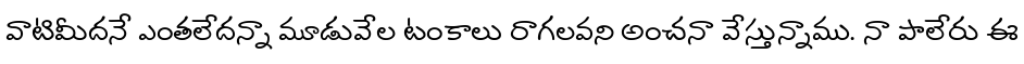
వాటిమీదనే ఎంతలేదన్నా మూడువేల టంకాలు రాగలవని అంచనా వేస్తున్నాము. నా పాలేరు ఈ